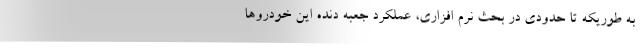
به طوریکه تا حدودی در بحث نرم افزاری، عملکرد جعبه دنده این خودروها